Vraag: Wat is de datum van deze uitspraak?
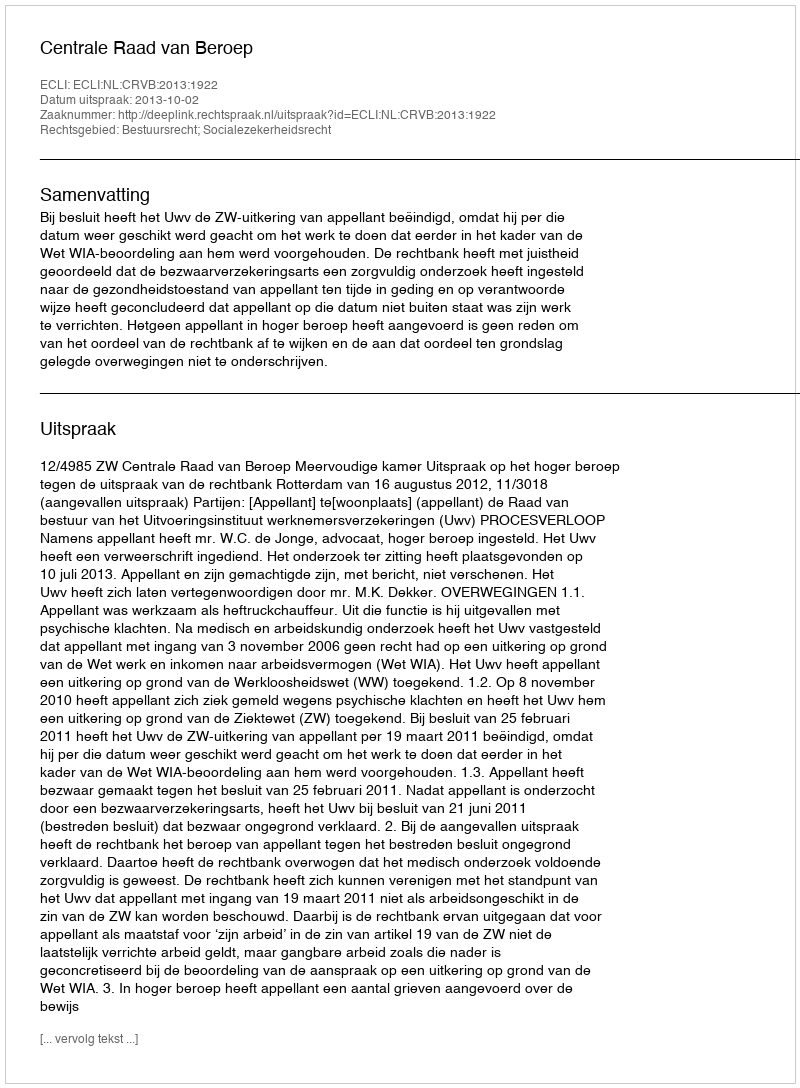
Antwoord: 2013-10-02